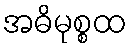
အဓိမုစ္စထ